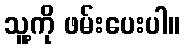
သူ့ကို ဖမ်းပေးပါ။